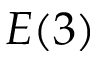
E ( 3 )